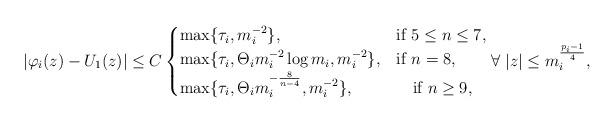
LaTeX: \begin{align*}|\varphi_i(z)-U_1(z)| \le C \begin{cases}\max\{\tau_i, m_i^{-2}\},& \mbox{if } 5\le n\le 7, \\\max\{ \tau_i, \Theta_i m_i^{-2}\log m_i, m_i^{-2}\},& \mbox{if }n=8,\\\max\{ \tau_i, \Theta_i m_i^{-\frac{8}{n-4}}, m_i^{-2}\},& \quad\mbox{if } n\ge 9,\end{cases} \forall~ |z|\le m_i^{\frac{p_i-1}{4}},\end{align*}